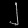
Digit: ၂